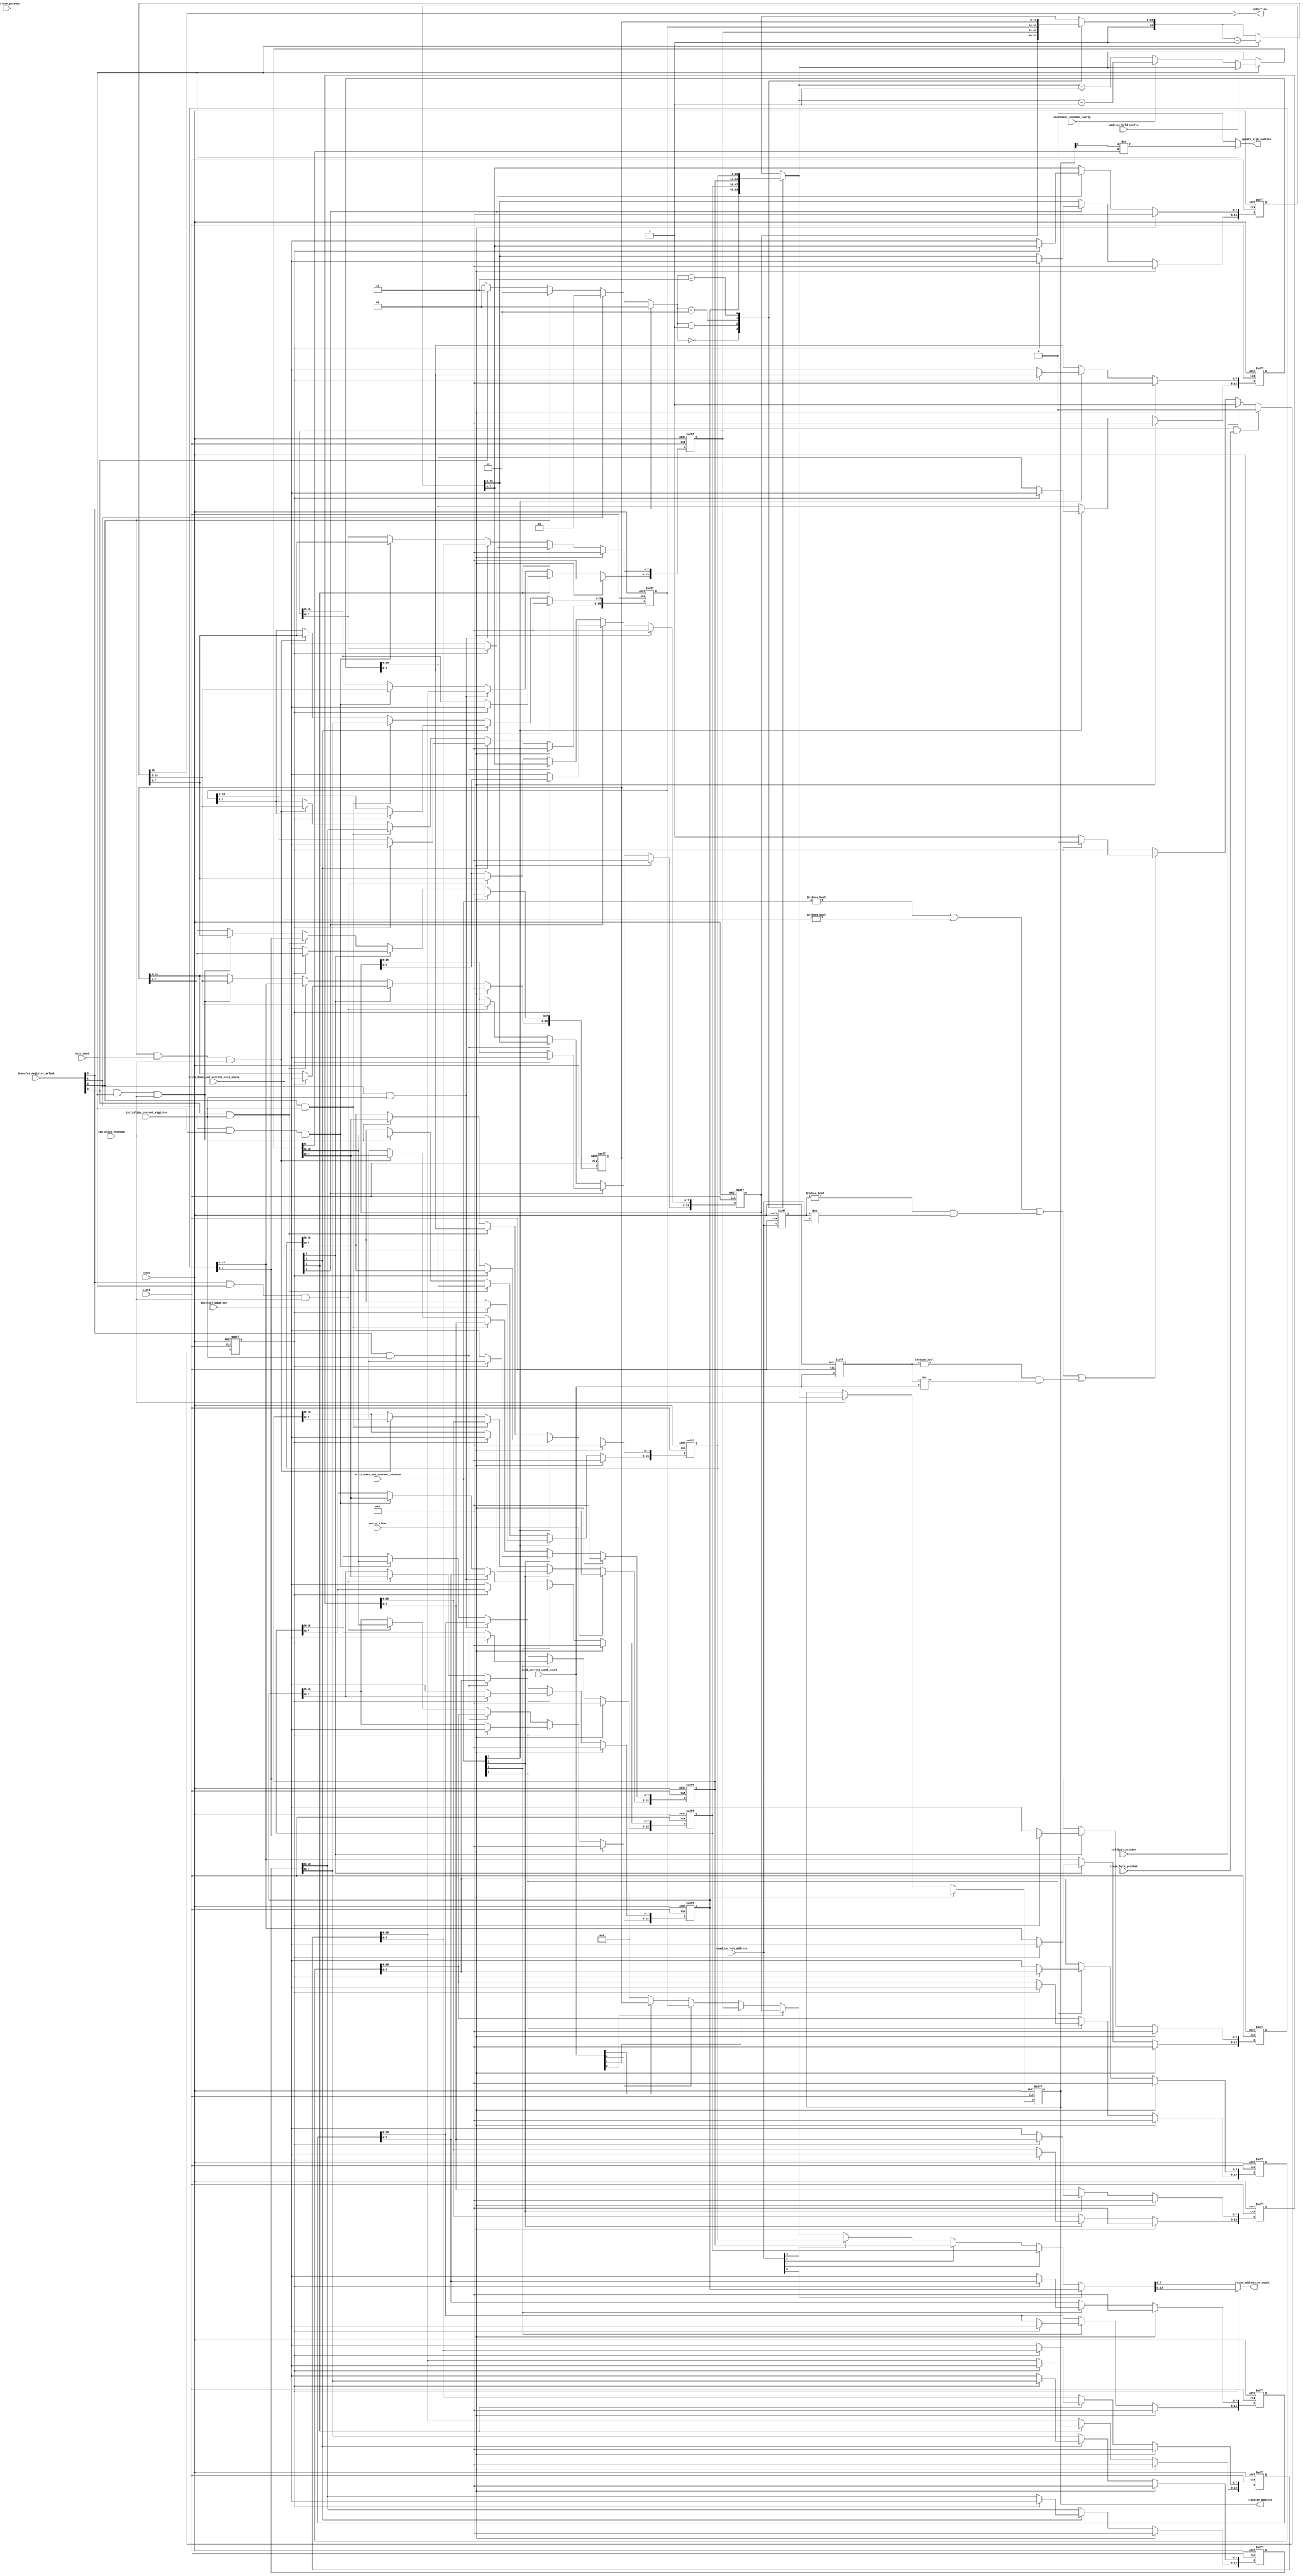
`default_nettype none

module KF8237_Address_And_Count_Registers (
	input		wire					clock,
	input		wire					cpu_clock_posedge,
	input		wire					cpu_clock_negedge,
	input		wire					reset,
	input		wire	[7:0]			internal_data_bus,
	output	reg	[7:0]			read_address_or_count,
	input		wire	[3:0]			write_base_and_current_address,
	input		wire	[3:0]			write_base_and_current_word_count,
	input		wire					clear_byte_pointer,
	input		wire					set_byte_pointer,
	input		wire					master_clear,
	input		wire	[3:0]			read_current_address,
	input		wire	[3:0]			read_current_word_count,
	input		wire	[3:0]			transfer_register_select,
	input		wire					initialize_current_register,
	input		wire					address_hold_config,
	input		wire					decrement_address_config,
	input		wire					next_word,
	output	wire					underflow,
	output	wire					update_high_address,
	output	reg	[15:0]		transfer_address
	);

	reg [3:0] prev_read_current_address;
	reg [3:0] prev_read_current_word_count;
	reg byte_pointer;
	reg [15:0] base_address [0:3];
	reg [15:0] current_address [0:3];
	reg [15:0] base_word_count [0:3];
	reg [15:0] current_word_count [0:3];
	reg [15:0] temporary_address;
	reg [16:0] temporary_word_count;
	always @(posedge clock or posedge reset)
		if (reset)
			prev_read_current_address <= 0;
		else
			prev_read_current_address <= read_current_address;
	always @(posedge clock or posedge reset)
		if (reset)
			prev_read_current_word_count <= 0;
		else
			prev_read_current_word_count <= read_current_word_count;
	wire update_byte_pointer = (((0 != write_base_and_current_address) || (0 != write_base_and_current_word_count)) || ((0 != prev_read_current_address) && (prev_read_current_address != read_current_address))) || ((0 != prev_read_current_word_count) && (prev_read_current_word_count != read_current_word_count));
	always @(posedge clock or posedge reset)
		if (reset)
			byte_pointer <= 1'b0;
		else if (master_clear || clear_byte_pointer)
			byte_pointer <= 1'b0;
		else if (set_byte_pointer)
			byte_pointer <= 1'b1;
		else if (update_byte_pointer) begin
			if (byte_pointer)
				byte_pointer <= 1'b0;
			else
				byte_pointer <= 1'b1;
		end
		else
			byte_pointer <= byte_pointer;
	genvar dma_ch_i;
	generate
		for (dma_ch_i = 0; dma_ch_i < 4; dma_ch_i = dma_ch_i + 1) begin : ADDRESS_AND_COUNT_REGISTERS
			always @(posedge clock or posedge reset)
				if (reset)
					base_address[dma_ch_i] <= 16'h0000;
				else if (master_clear)
					base_address[dma_ch_i] <= 16'h0000;
				else if (write_base_and_current_address[dma_ch_i]) begin
					if (~byte_pointer)
						base_address[dma_ch_i][7:0] <= internal_data_bus;
					else
						base_address[dma_ch_i][15:8] <= internal_data_bus;
				end
				else
					base_address[dma_ch_i] <= base_address[dma_ch_i];
			always @(posedge clock or posedge reset)
				if (reset)
					base_word_count[dma_ch_i] <= 16'h0000;
				else if (master_clear)
					base_word_count[dma_ch_i] <= 16'h0000;
				else if (write_base_and_current_word_count[dma_ch_i]) begin
					if (~byte_pointer)
						base_word_count[dma_ch_i][7:0] <= internal_data_bus;
					else
						base_word_count[dma_ch_i][15:8] <= internal_data_bus;
				end
				else
					base_word_count[dma_ch_i] <= base_word_count[dma_ch_i];
			always @(posedge clock or posedge reset)
				if (reset)
					current_address[dma_ch_i] <= 16'h0000;
				else if (master_clear)
					current_address[dma_ch_i] <= 16'h0000;
				else if (write_base_and_current_address[dma_ch_i]) begin
					if (~byte_pointer)
						current_address[dma_ch_i][7:0] <= internal_data_bus;
					else
						current_address[dma_ch_i][15:8] <= internal_data_bus;
				end
				else if (transfer_register_select[dma_ch_i] && initialize_current_register)
					current_address[dma_ch_i] <= base_address[dma_ch_i];
				else if ((transfer_register_select[dma_ch_i] && next_word) && cpu_clock_negedge)
					current_address[dma_ch_i] <= temporary_address;
				else
					current_address[dma_ch_i] <= current_address[dma_ch_i];
			always @(posedge clock or posedge reset)
				if (reset)
					current_word_count[dma_ch_i] <= 16'h0000;
				else if (master_clear)
					current_word_count[dma_ch_i] <= 16'h0000;
				else if (write_base_and_current_word_count[dma_ch_i]) begin
					if (~byte_pointer)
						current_word_count[dma_ch_i][7:0] <= internal_data_bus;
					else
						current_word_count[dma_ch_i][15:8] <= internal_data_bus;
				end
				else if (transfer_register_select[dma_ch_i] && initialize_current_register)
					current_word_count[dma_ch_i] <= base_word_count[dma_ch_i];
				else if ((transfer_register_select[dma_ch_i] && next_word) && cpu_clock_negedge)
					current_word_count[dma_ch_i] <= temporary_word_count[15:0];
				else
					current_word_count[dma_ch_i] <= current_word_count[dma_ch_i];
		end
	endgenerate
	function [1:0] KF8237_Common_Package_bit2num;
		input [3:0] source;
		if (source[0] == 1'b1)
			KF8237_Common_Package_bit2num = 2'b00;
		else if (source[1] == 1'b1)
			KF8237_Common_Package_bit2num = 2'b01;
		else if (source[2] == 1'b1)
			KF8237_Common_Package_bit2num = 2'b10;
		else if (source[3] == 1'b1)
			KF8237_Common_Package_bit2num = 2'b11;
		else
			KF8237_Common_Package_bit2num = 2'b00;
	endfunction
	wire [1:0] dma_select = KF8237_Common_Package_bit2num(transfer_register_select);
	always @(*) begin
		temporary_address = current_address[dma_select];
		if (next_word)
			if (address_hold_config)
				temporary_address = temporary_address;
			else if (decrement_address_config)
				temporary_address = temporary_address - 16'h0001;
			else
				temporary_address = temporary_address + 16'h0001;
	end
	always @(*) begin
		temporary_word_count = {1'b1, current_word_count[dma_select]};
		if (next_word)
			temporary_word_count = temporary_word_count - 17'h00001;
	end
	assign underflow = ~temporary_word_count[16];
	assign update_high_address = (next_word ? transfer_address[8] != temporary_address[8] : 1'b0);
	always @(posedge clock or posedge reset)
		if (reset)
			transfer_address <= 0;
		else if (master_clear)
			transfer_address <= 0;
		else if (cpu_clock_negedge)
			transfer_address <= current_address[dma_select];
		else
			transfer_address <= transfer_address;
	reg [15:0] read_register;
	always @(*) begin
		if (read_current_address[0])
			read_register = current_address[0];
		else if (read_current_address[1])
			read_register = current_address[1];
		else if (read_current_address[2])
			read_register = current_address[2];
		else if (read_current_address[3])
			read_register = current_address[3];
		else if (read_current_word_count[0])
			read_register = current_word_count[0];
		else if (read_current_word_count[1])
			read_register = current_word_count[1];
		else if (read_current_word_count[2])
			read_register = current_word_count[2];
		else if (read_current_word_count[3])
			read_register = current_word_count[3];
		else
			read_register = 16'h0000;
		if (~byte_pointer)
			read_address_or_count = read_register[7:0];
		else
			read_address_or_count = read_register[15:8];
	end
endmodule